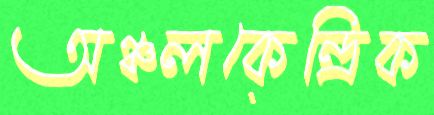
অঞ্চলকেন্দ্রিক